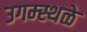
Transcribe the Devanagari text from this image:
उगम्स्थळे